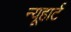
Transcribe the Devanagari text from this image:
न्यूहार्ट